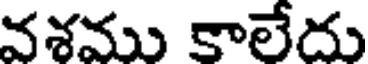
వశము కాలేదు